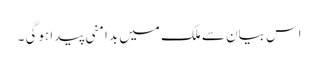
اس بیان سے ملک میں بدامنی پیدا ہوگی ۔